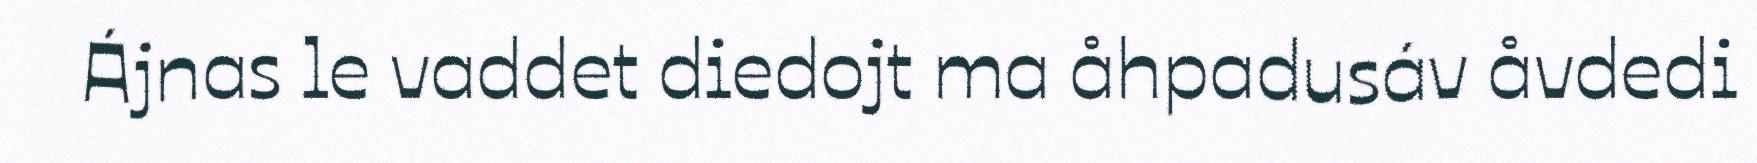
Ájnas le vaddet diedojt ma åhpadusáv åvdedi